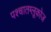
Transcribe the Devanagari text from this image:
पश्चातग्लूकोज